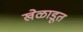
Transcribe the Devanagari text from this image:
खेळाडूत